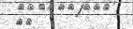
٣٨